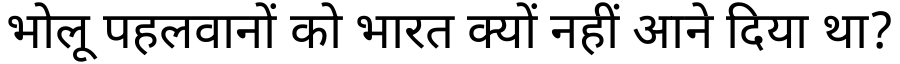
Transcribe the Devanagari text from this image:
भोलू पहलवानों को भारत क्यों नहीं आने दिया था?